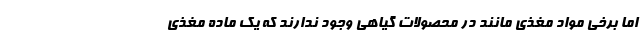
اما برخی مواد مغذی مانند در محصولات گیاهی وجود ندارند که یک ماده مغذی